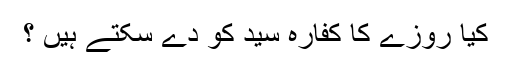
کیا روزے کا کفارہ سید کو دے سکتے ہیں ؟